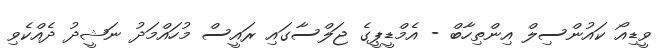
ވީޑިއޯ ކައުންސިލް އިންތިހާބް - އެމްޑީޕީގެ ޖަލްސާގައި ރައީސް މުހައްމަދު ނަޝީދު ދެއްކެވި